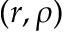
( r , \rho )